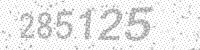
Solution: 285125